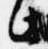
此